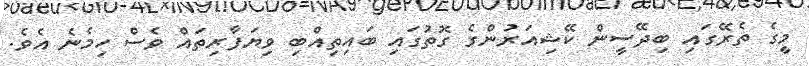
މީގެ ތެރޭގައި ބިދޭސީން ކޭޝިއަރުންގެ ގޮތުގައި ބައިތިއްބި ވިޔަފާރިތައް ވެސް ހިމެނެ އެވެ.